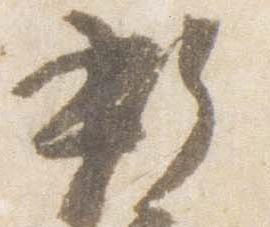
新